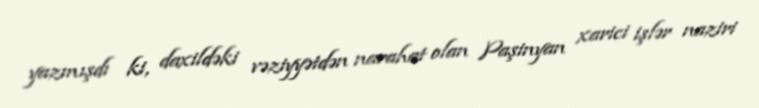
yazmışdı ki, daxildəki vəziyyətdən narahat olan Paşinyan xarici işlər naziri